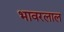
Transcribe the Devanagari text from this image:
भावरलाल